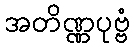
အတိဏ္ဏပုဗ္ဗံ